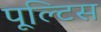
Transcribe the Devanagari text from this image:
पूल्टिस